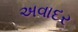
અવાદર